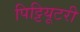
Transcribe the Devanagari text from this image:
पिट्टियूटरी